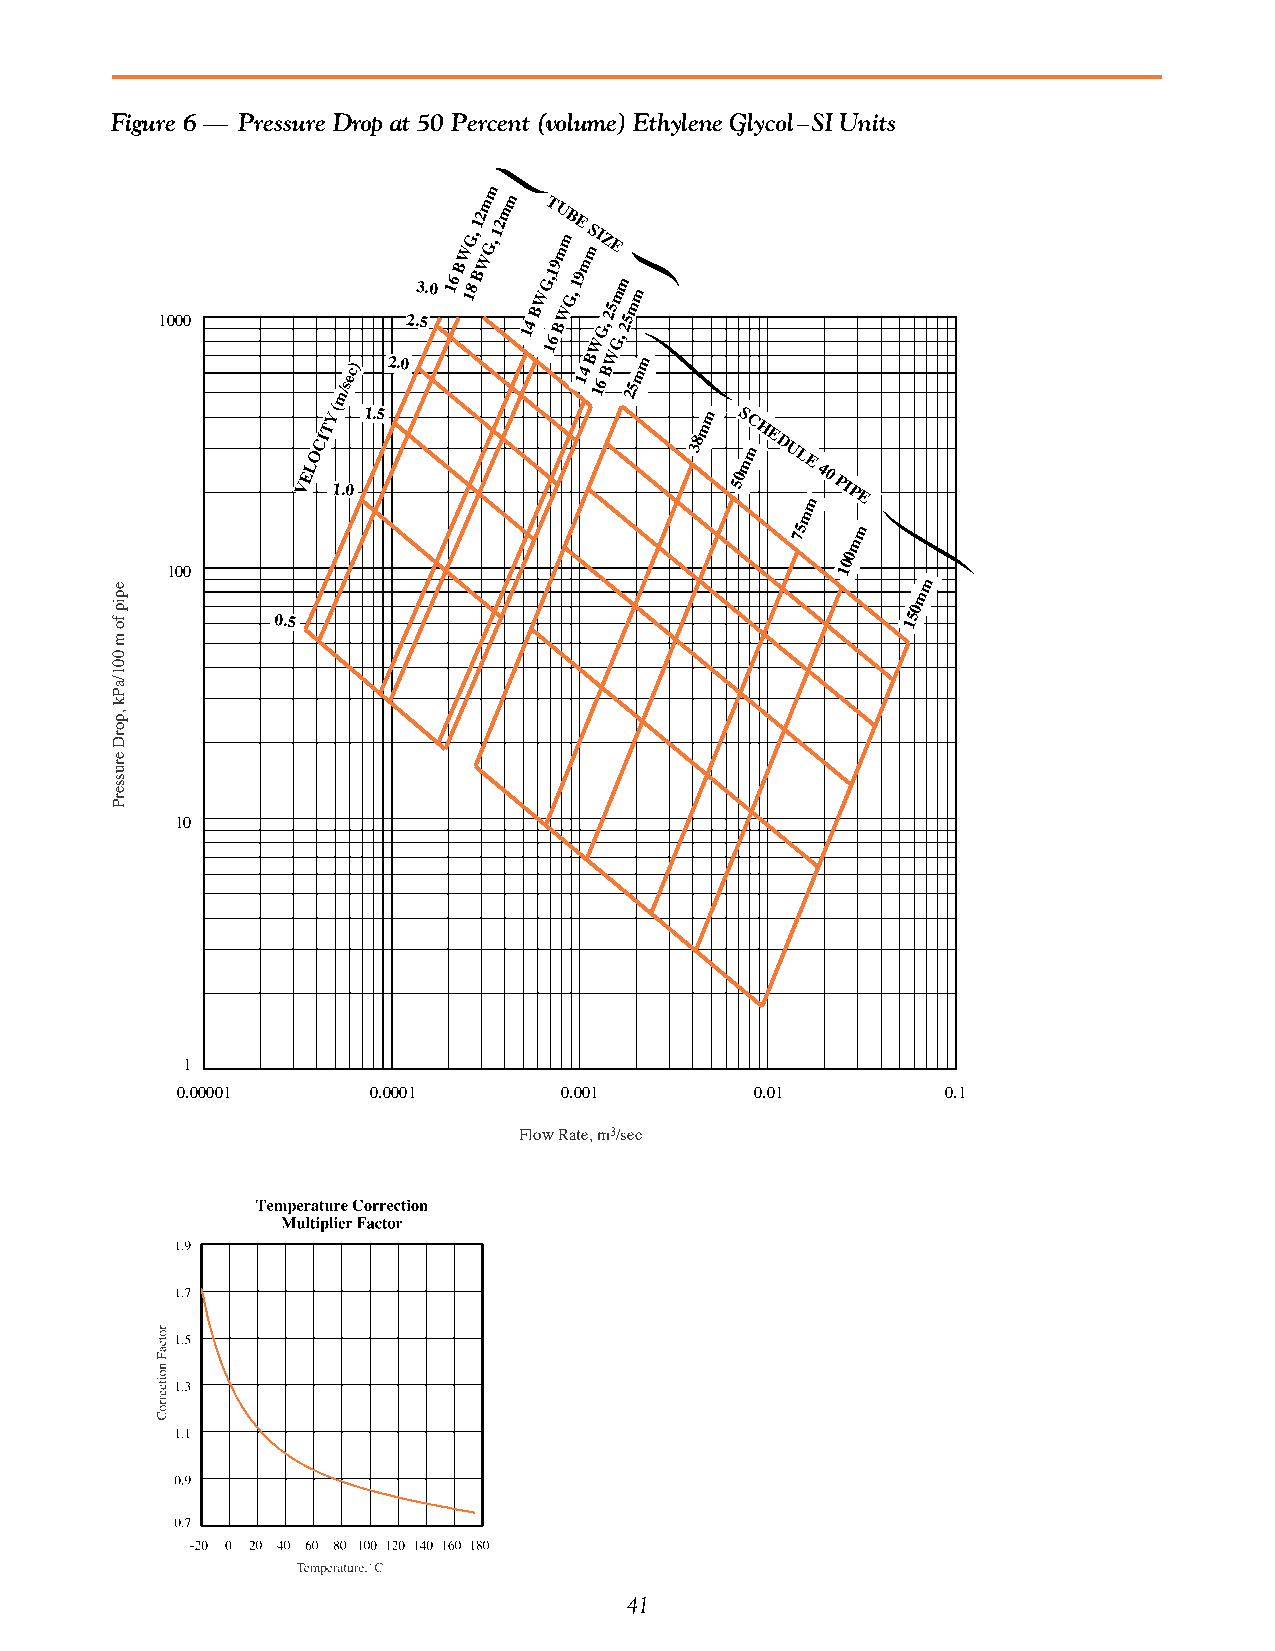
Figure 6 — Pressure Drop at 50 Percent (volume) Ethylene Glycol–SI Units
 m
 WG,
 12m
 G,
 12mm T
 U mB mE
 S mIZE
 3.0
 16
 B
 18
 BW   WG,19
 G,
 19m
 mm
 m
 1000
 m/sec)
 2.02.5   14
 B
 16
 BW
 14
 BW
 16
 G,
 B25
 WG,
 25
 2m
 5mm
 (
 Y 1.5                    m S
 VELOCIT
 1.0
 38m 50C mmH
 E
 D
 U
 L
 E
 40
 PIP
 m E
 m
 75  m
 m
 0
 0
 100                                          1
 m
 m
 0
 0.5                                       15
 10
 1
 0.00001      0.0001      0.001        0.01         0.1
 Flow Rate, m3/sec
 41
 epip
 fo
 m
 001/aPk
 ,porD
 erusserP